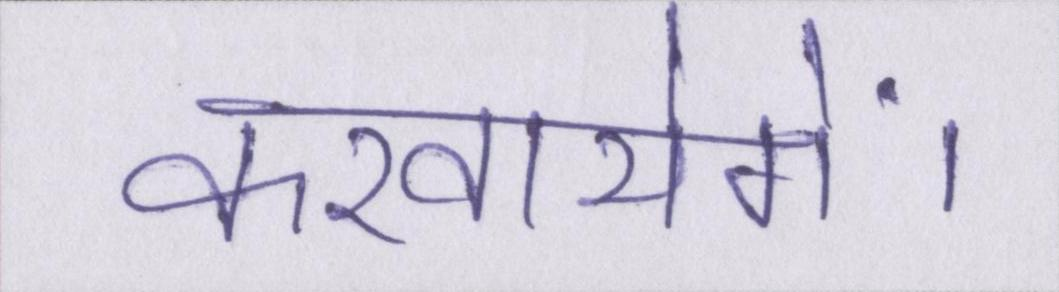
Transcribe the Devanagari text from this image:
करवायेगें।